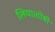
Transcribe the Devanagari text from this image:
लिया।दोषी